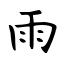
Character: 雨